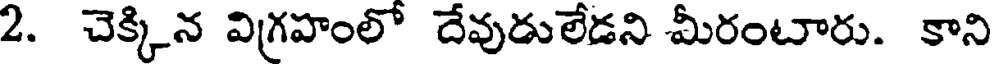
2. చెక్కిన విగ్రహంలో దేవుడులేడని మీరంటారు. కాని